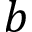
b